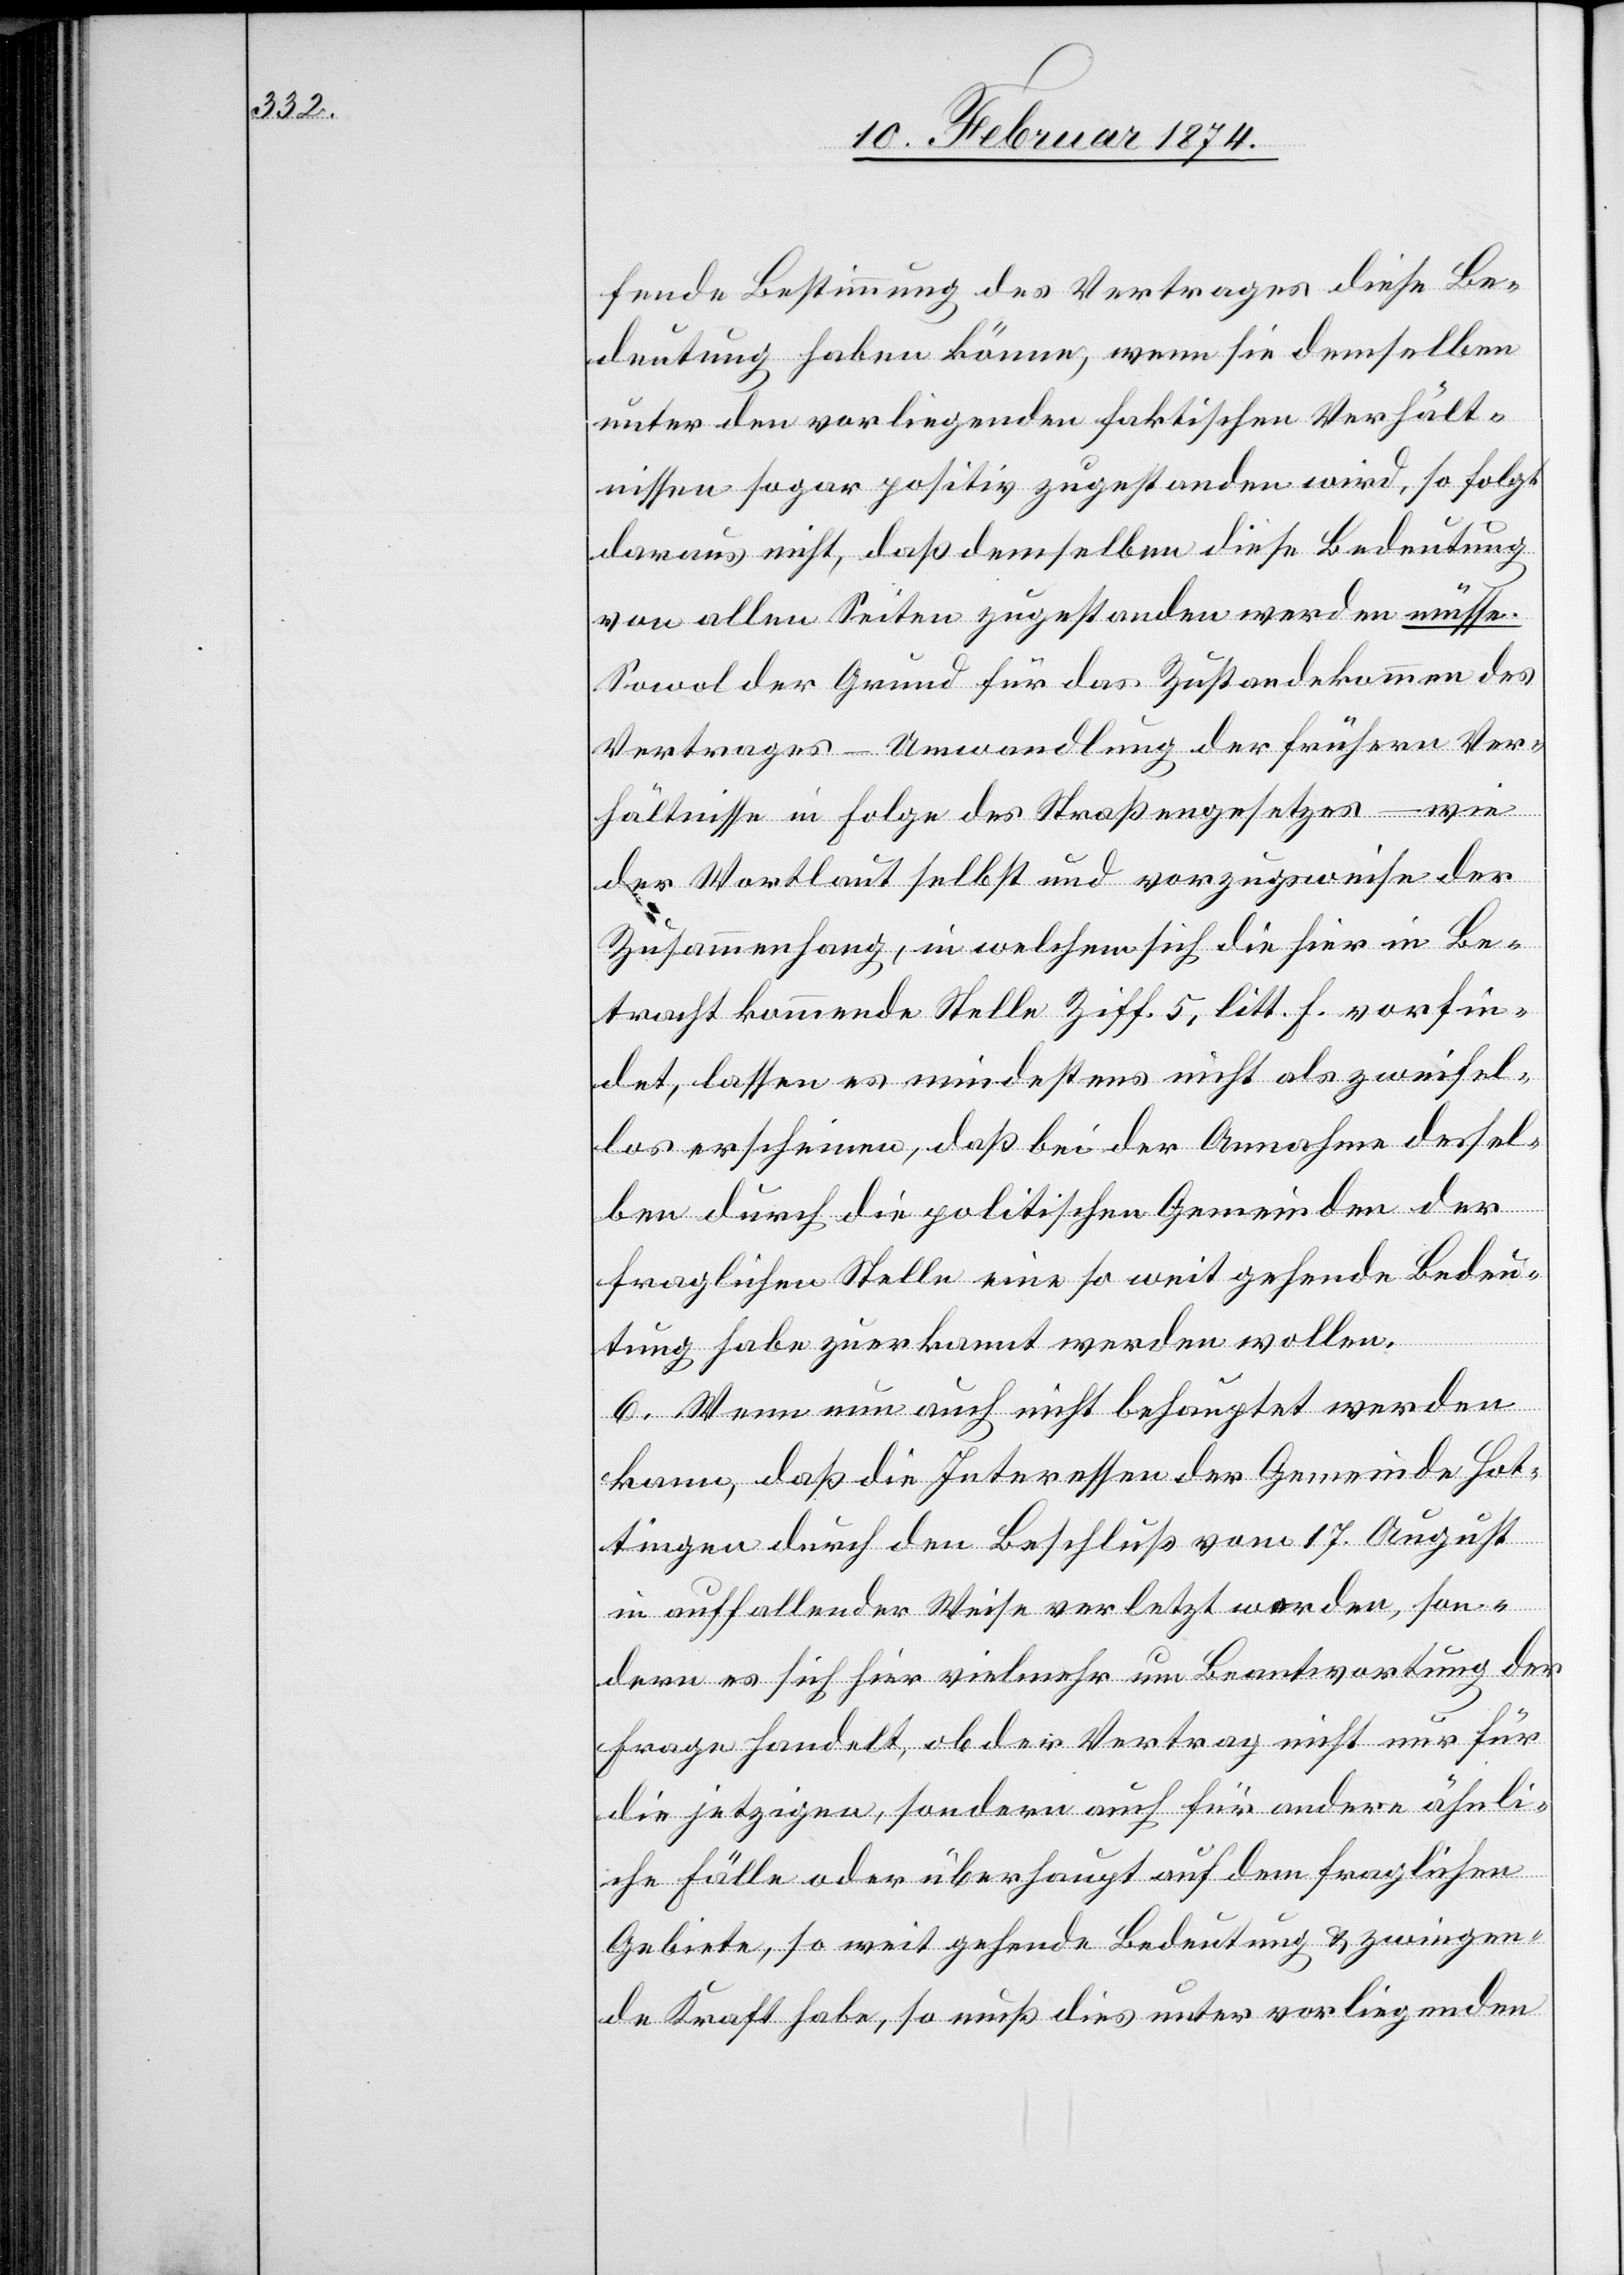
fende Bestimmung des Vertrages diese Be¬
deutung haben könne, wenn sie demselben
unter den vorliegenden faktischen Verhält¬
nissen sogar positiv zugestanden wird, so folgt
daraus nicht, daß demselben diese Bedeutung
von allen Seiten zugestanden werden müsse.
Sowol der Grund für das Zustandekommen des
Vertrages – Umwandlung der frühern Ver¬
hältnisse in Folge des Straßengesetzes – wie
der Wortlaut selbst und vorzugsweise der
Zusammenhang, in welchem sich die hier in Be¬
tracht kommende Stelle Ziff. 5, litt. F. vorfin¬
det, lassen es mindestens nicht als zweifel¬
los erscheinen, daß bei der Annahme dessel¬
ben durch die politischen Gemeinden der
fraglichen Stelle eine so weit gehende Bedeu¬
tung habe zuerkannt werden wollen.
6. Wenn nun auch nicht behauptet werden
kann, daß die Interessen der Gemeinde Hot¬
tingen durch den Beschluß vom 17. August
in auffallender Weise verletzt worden, son¬
dern es sich hier vielmehr um Beantwortung der
Frage handelt, ob der Vertrag nicht nur für
die jetzigen, sondern auch für andere ähnli¬
che Fälle oder überhaupt auf dem fraglichen
Gebiete, so weit gehende Bedeutung u. zwingen¬
de Kraft habe, so muß dies unter vorliegenden